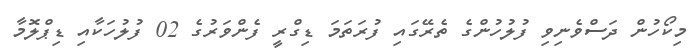
މިކޯހުން ދަސްވެނިވި ފުލުހުންގެ ތެރޭގައި ފުރަތަމަ ޑިގްރީ ފެންވަރުގެ 02 ފުލުހަކާއި ޑިޕްލޮމާ